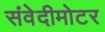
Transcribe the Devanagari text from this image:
संवेदीमोटर